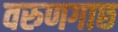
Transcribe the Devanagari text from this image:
वरुणगाछ